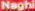
Naghi